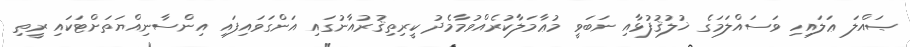
ޞައްލަ ޢަލައިހި ވަސައްލަމަގެ ޚުލުޤުފުޅާއި ނަބަވީ މުޢާމަލާކުރެއްވުމާމެދު ކީރިތިޤުރުއާނުގައި އަންގަވައިފައި އިންސާނިއްޔަތަށްޓަކައި ރީތި